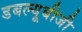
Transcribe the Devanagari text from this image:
डबल्यूबीजी